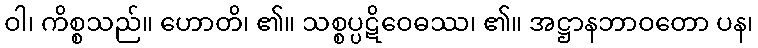
ဝါ၊ ကိစ္စသည်။ ဟောတိ၊ ၏။ သစ္စပ္ပဋိဝေဓဿ၊ ၏။ အဋ္ဌာနဘာဝတော ပန၊